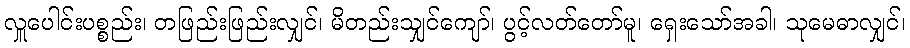
လှူပေါင်းပစ္စည်း၊ တဖြည်းဖြည်းလျှင်၊ မိတည်းသျှင်ကျော်၊ ပွင့်လတ်တော်မူ၊ ရှေးသော်အခါ၊ သုမေဓာလျှင်၊